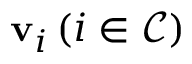
\mathbf { v } _ { i } \left( i \in \mathcal { C } \right)